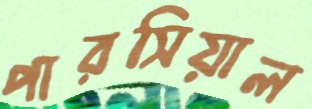
পারসিয়াল